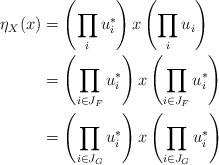
LaTeX: \begin{align*}\eta_{X}(x)&=\left(\prod_{i} u^{*}_i \right)x \left( \prod_{i} u_{i}\right) \\&=\left(\prod_{i\in J_{F}} u^{*}_{i}\right) x \left(\prod_{i\in J_{F}} u^{*}_{i}\right)\\&=\left(\prod_{i\in J_{G}} u^{*}_{i}\right) x \left(\prod_{i\in J_{G}} u^{*}_{i}\right)\ \end{align*}